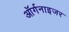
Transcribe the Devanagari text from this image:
ऑर्गनाइजर